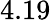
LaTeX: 4.19